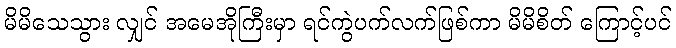
မိမိသေသွား လျှင် အမေအိုကြီးမှာ ရင်ကွဲပက်လက်ဖြစ်ကာ မိမိစိတ် ကြောင့်ပင်